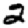
Digit: 2